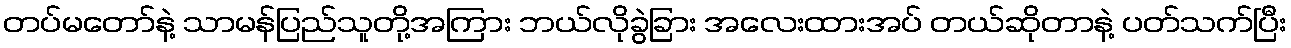
တပ်မတော်နဲ့ သာမန်ပြည်သူတို့အကြား ဘယ်လိုခွဲခြား အလေးထားအပ် တယ်ဆိုတာနဲ့ ပတ်သက်ပြီး